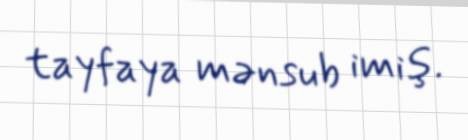
tayfaya mənsub imiş.